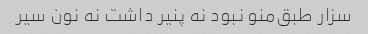
سزار طبق‌منو نبود نه پنیر داشت نه نون سیر